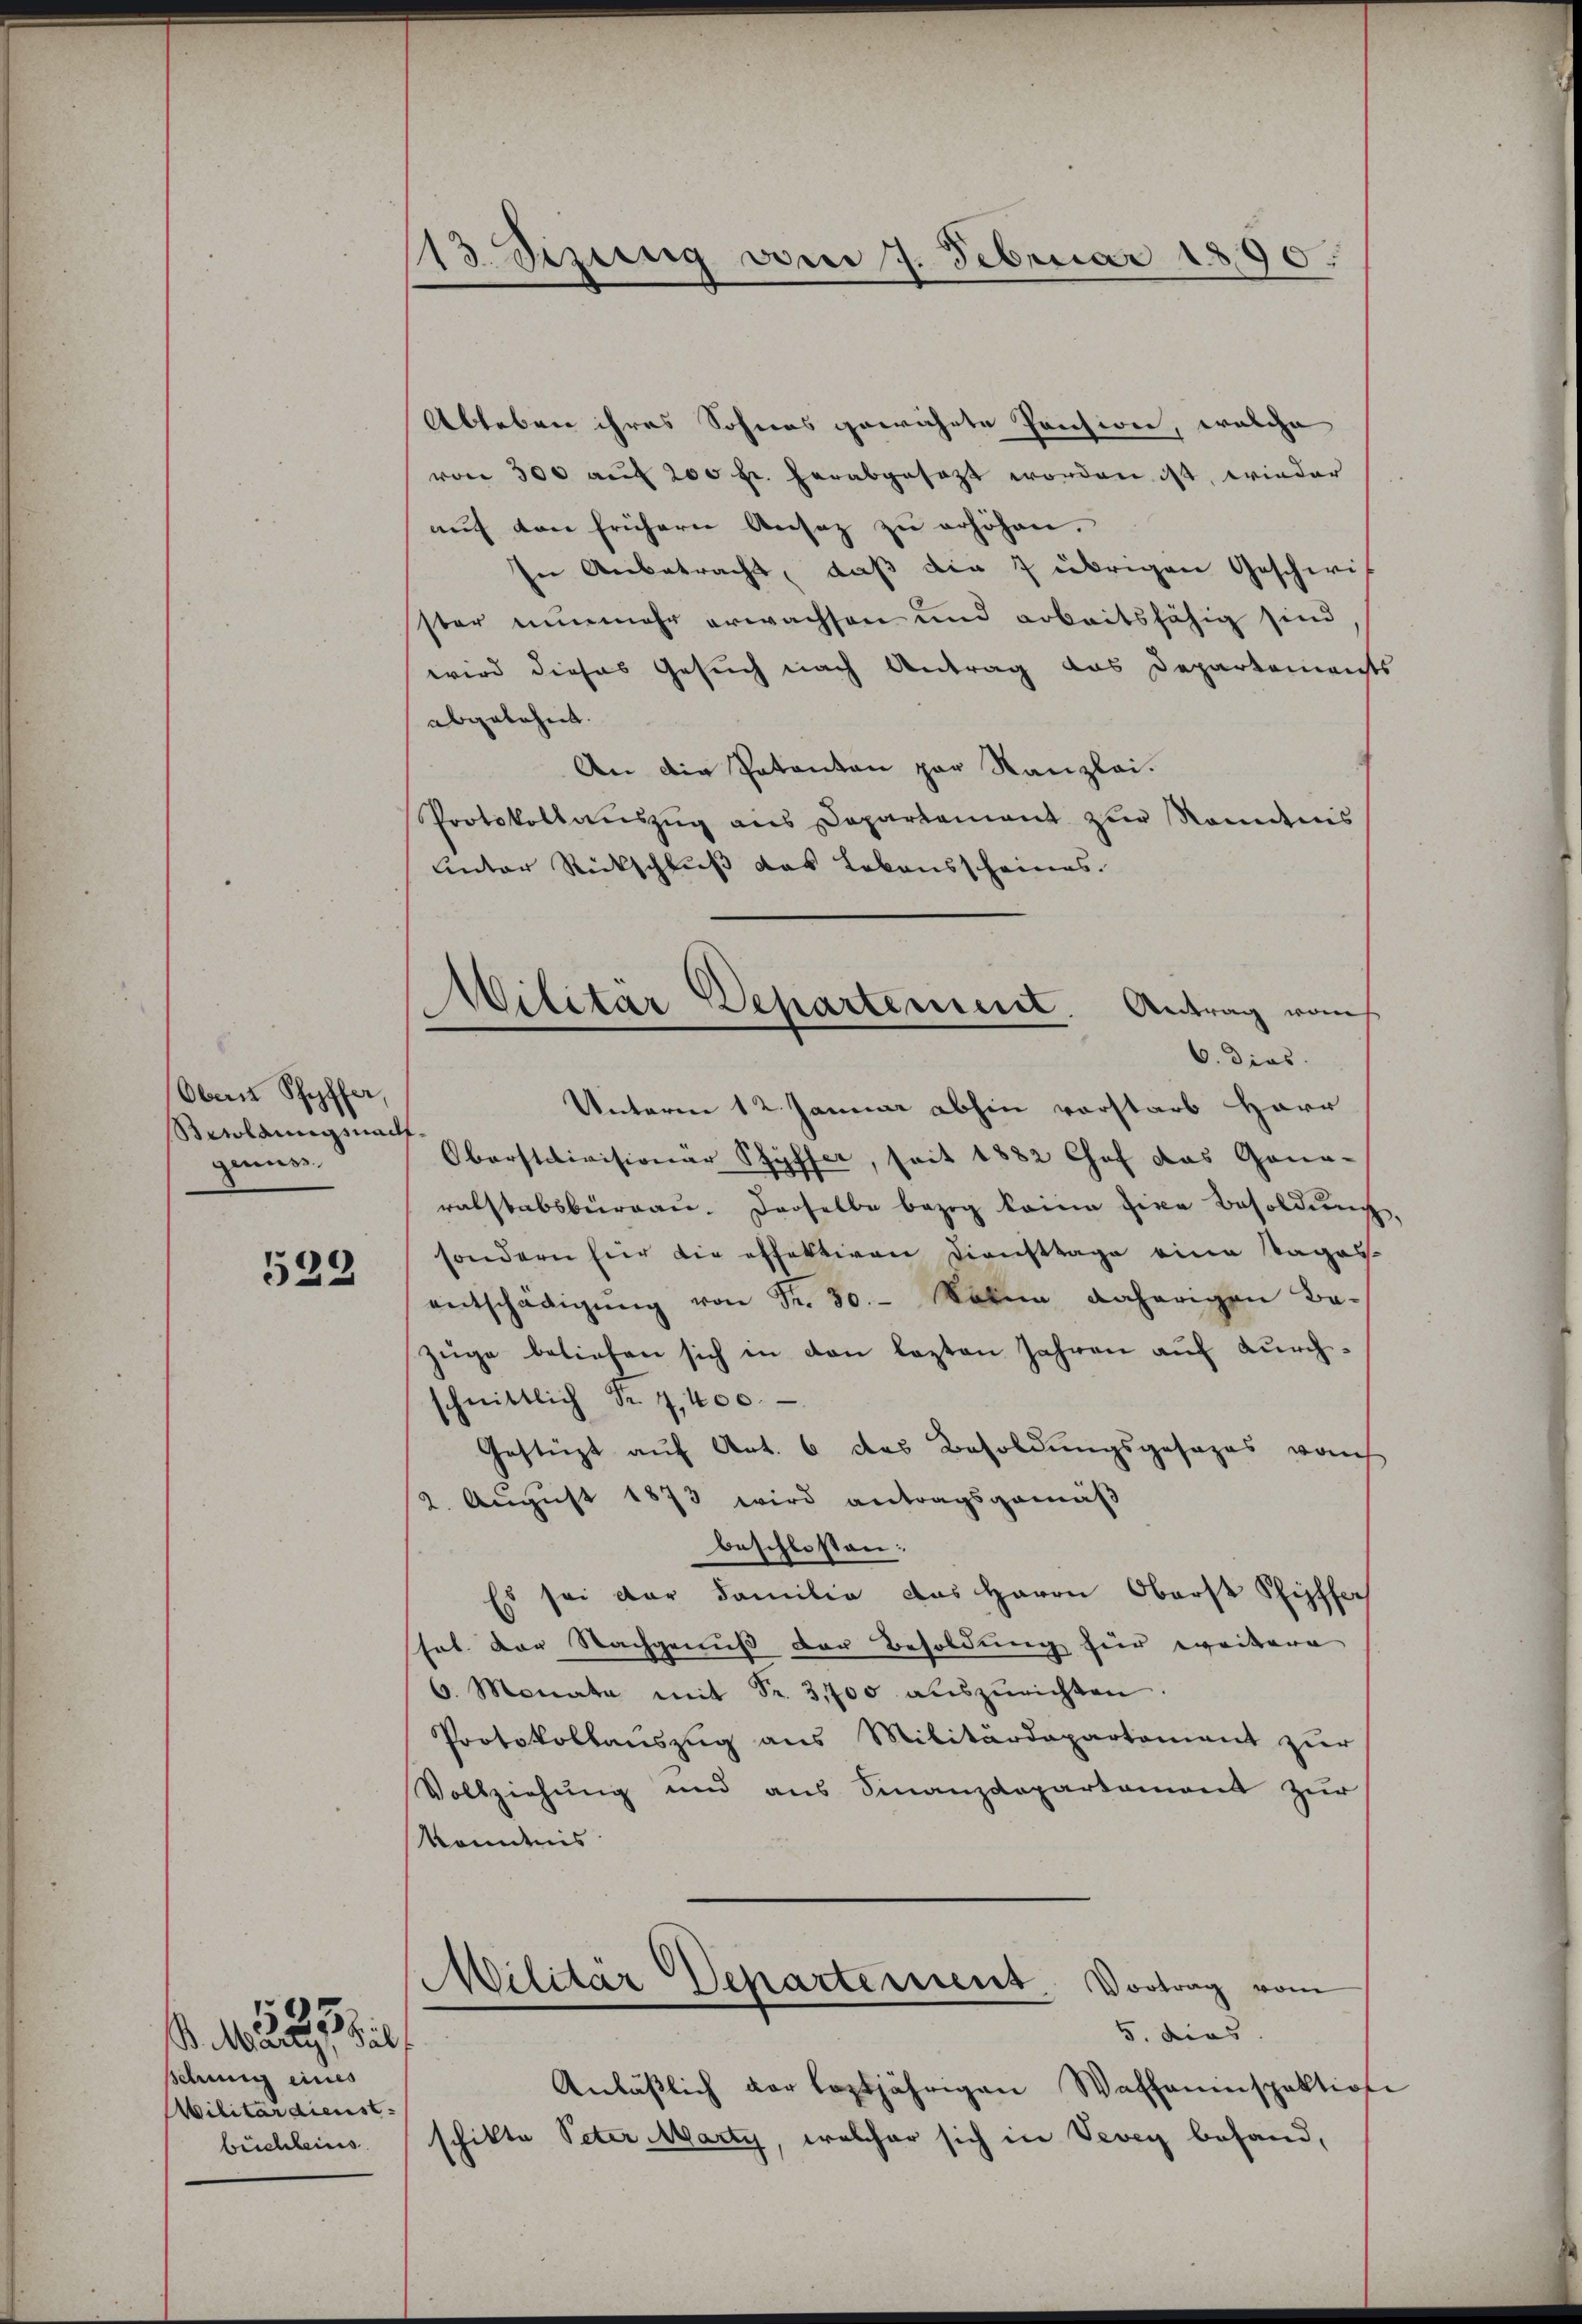
Oben Pfyffer,
Besoldungsnach
genues.

523

B. Marty, Sal
schung eines
Militärdienst
bichleines

s

13. Sizung vom 7. Februar 1890.

Militar Departement. Antrag raus
6. dies

Ableben ihres Sohnes gewährte Präsiden, welche
von 300 aŭf 200 fr. herabgesetzt worden ist, wieder
aŭf den frühern Ansatz zŭ erhöhen.
In Anbetracht, daß die 7 übrigen Geschwis
ster nunmehr erwachsen und arbeitsfähig sind
wird dieses Gesuch nach Antrag das Departements
abgelehnt. |
An die Patenten par Kanzlei.
Protokollaŭszŭg aŭs Departement zŭr Kenntnis
unter Rückschluß das Lebensscheines.
Unterm 12. Januar abhin vorstarb Harr
Oberstativisionar Schyffer, seit 1882 Chef das Gona-
ralstabsbureau. Derselbe bezog keine hier Besoldung,
sondern für die effektiven Diensttage eine tages
entschädigŭng von Fr. 30. Wohne daherigen Bezüge beliefen sich in den lezten Jahren aŭf durch-
schnittlich Fr. 4, 400.
Gestüzt auf Art. 6 das Besoldungsgesezes vom
2. August 1873 wird antragsgemäß
beschlossen:
Es sei der Familie das Herrn Oberst Pfiffer
stal. vor Nachgenuß der Besoldung hier weitere
6. Monata mit Fr. 3,700 auszurichten
Protokollanszŭg ans Militärdepartement zŭr
Vollziehung und aus Finanzdepartament zur
kenntnis
Militär Departement. Vortrag vom
5. dies
Anläβlich der leztjährigen Waffeninspektion
schikte Peter Marty, welcher sich in Vevey behand,